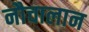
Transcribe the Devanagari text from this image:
नौचालान